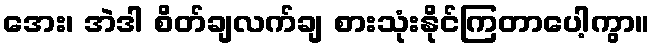
အေး၊ အဲဒါ စိတ်ချလက်ချ စားသုံးနိုင်ကြတာပေါ့ကွာ။